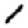
Digit: 1